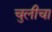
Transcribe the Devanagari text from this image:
चुलीचा